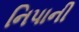
નિપાની